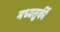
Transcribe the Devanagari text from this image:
मध्यतुर्की